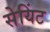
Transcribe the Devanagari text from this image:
सेयिंट